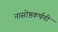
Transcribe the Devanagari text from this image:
नासोष्ठकर्षणी